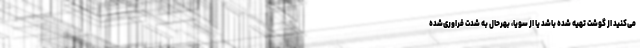
می‌کنید از گوشت تهیه شده باشد یا از سویا، بهرحال به شدت فراوری‌شده